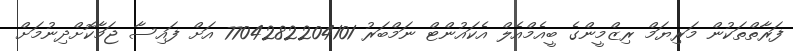
ފަރާތްތަކުން މަރިޔަމް ރިޒްމީންގެ ބީއެމްއެލް އެކައުުންޓް ނަމްބަރު 7704282204101 އަށް ފައިސާ ޖަމާކޮށްދިނުމަށް